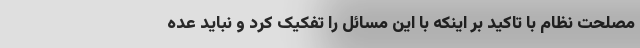
مصلحت نظام با تاکید بر اینکه با این مسائل را تفکیک کرد و نباید عده